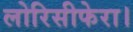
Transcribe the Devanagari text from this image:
लोरिसीफेरा।